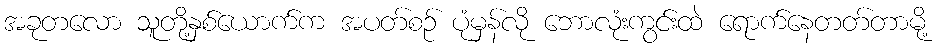
အခုတလော သူတို့နှစ်ယောက်က အပတ်စဉ် ပုံမှန်လို ဘောလုံးကွင်းထဲ ရောက်နေတတ်တာမို့